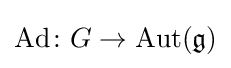
\operatorname {Ad} \colon G\to \operatorname {Aut} ({\mathfrak {g}})